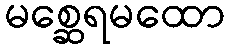
မစ္ဆေရမထော